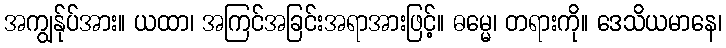
အကျွန်ုပ်အား။ ယထာ၊ အကြင်အခြင်းအရာအားဖြင့်။ ဓမ္မေ၊ တရားကို။ ဒေသိယမာနေ၊